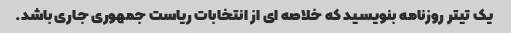
یک تیتر روزنامه بنویسید که خلاصه ای از انتخابات ریاست جمهوری جاری باشد.